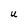
Character: U